Civil Veterinary Department. Central Provinces & Berar 1932-41 - 1932-1941
Year: 1932
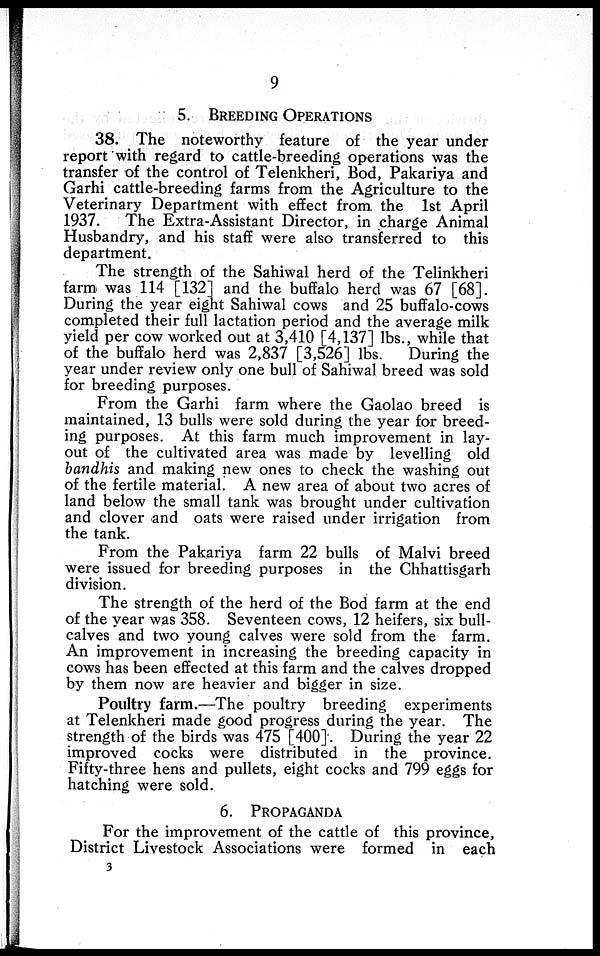
9
5. BREEDING OPERATIONS
38. The noteworthy feature of the year under
report with regard to cattle-breeding operations was the
transfer of the control of Telenkheri, Bod, Pakariya and
Garhi cattle-breeding farms from the Agriculture to the
Veterinary Department with effect from the 1st April
1937. The Extra-Assistant Director, in charge Animal
Husbandry, and his staff were also transferred to this
department.
The strength of the Sahiwal herd of the Telinkheri
farm was 114 [132] and the buffalo herd was 67 [68].
During the year eight Sahiwal cows and 25 buffalo-cows
completed their full lactation period and the average milk
yield per cow worked out at 3,410 [4,137] lbs., while that
of the buffalo herd was 2,837 [3,526] lbs.
During the
year under review only one bull of Sahiwal breed was sold
for breeding purposes.
From the Garhi farm where the Gaolao breed is
maintained, 13 bulls were sold during the year for breed-
ing purposes. At this farm much improvement in lay-
out of the cultivated area was made by levelling old
bandhis and making new ones to check the washing out
of the fertile material. A new area of about two acres of
land below the small tank was brought under cultivation
and clover and oats were raised under irrigation from
the tank.
From the Pakariya farm 22 bulls of Malvi breed
were issued for breeding purposes in the Chhattisgarh
division.
The strength of the herd of the Bod farm at the end
of the year was 358. Seventeen cows, 12 heifers, six bull-
calves and two young calves were sold from the farm.
An improvement in increasing the breeding capacity in
cows has been effected at this farm and the calves dropped
by them now are heavier and bigger in size.
Poultry farm.—The poultry breeding experiments
at Telenkheri made good progress during the year. The
strength of the birds was 475 [400]. During the year 22
improved cocks were distributed in the province.
Fifty-three hens and pullets, eight cocks and 799 eggs for
hatching were sold.
6. PROPAGANDA
For the improvement of the cattle of this province,
District Livestock Associations were formed in each
3